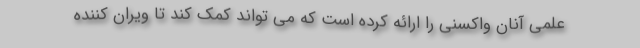
علمی آنان واکسنی را ارائه کرده است که می تواند کمک کند تا ویران کننده